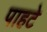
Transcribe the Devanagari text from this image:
पाहटे